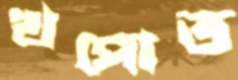
খপোত